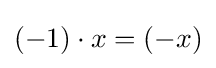
(-1)\cdot x=(-x)